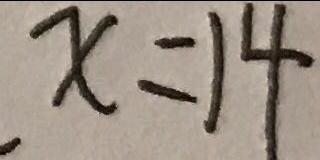
x = 1 4